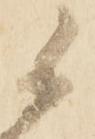
候